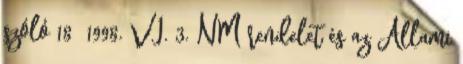
szóló 18 1998. VI. 3. NM rendelet és az Állami